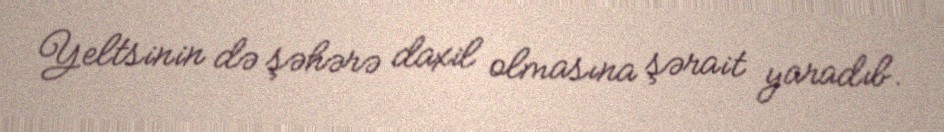
Yeltsinin də şəhərə daxil olmasına şərait yaradıb.